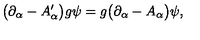
\bigl ( \partial _ { \alpha } - A _ { \alpha } ^ { \prime } \bigr ) g \psi = g \bigl ( \partial _ { \alpha } - A _ { \alpha } \bigr ) \psi ,